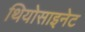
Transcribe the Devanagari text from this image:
थियोसाइनेट